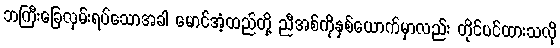
ဘကြီးခြေလှမ်းရပ်သောအခါ မောင်အံ့ထည်တို့ ညီအစ်ကိုနှစ်ယောက်မှာလည်း တိုင်ပင်ထားသလို